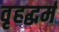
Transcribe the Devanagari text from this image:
वृहद्धर्म